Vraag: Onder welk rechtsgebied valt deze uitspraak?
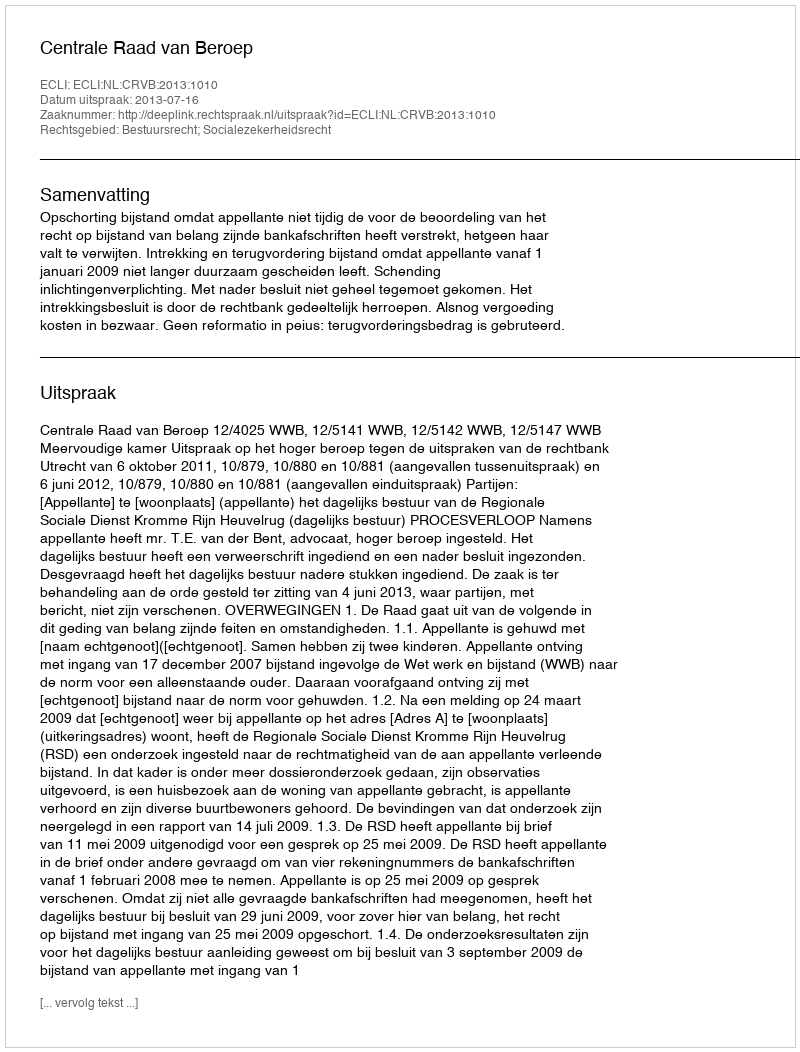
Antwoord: Bestuursrecht; Socialezekerheidsrecht